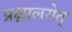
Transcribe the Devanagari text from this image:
प्रक्षालयेत्